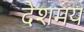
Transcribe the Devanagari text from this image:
देशमय